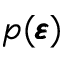
p ( \pmb \varepsilon )